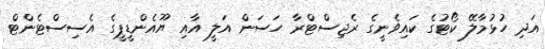
އަދި ހުޅުމާލޭ ކޯޓުގެ ކައިވެނީގެ ރެޖިސްޓްރާ ހަސަން އަލީ އާއި ޔޫއެންޑީޕީގެ އެސިސްޓެންޓް